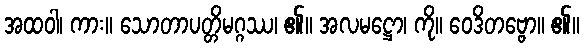
အထဝါ၊ ကား။ သောတာပတ္တိမဂ္ဂဿ၊ ၏။ အလမဋ္ဌော၊ ကို။ ဝေဒိတဗ္ဗော။ ၏။